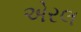
એરલ